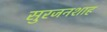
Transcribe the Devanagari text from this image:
सुरजनशाह